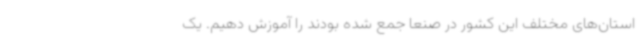
استان‌های مختلف این کشور در صنعا جمع شده بودند را آموزش‌ دهیم. یک